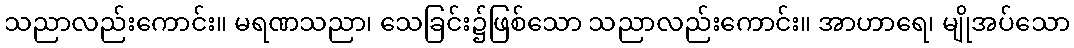
သညာလည်းကောင်း။ မရဏသညာ၊ သေခြင်း၌ဖြစ်သော သညာလည်းကောင်း။ အာဟာရေ၊ မျိုအပ်သော